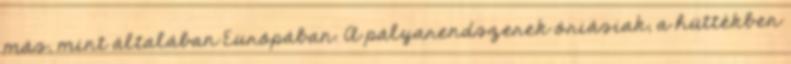
más, mint általában Európában. A pályarendszerek óriásiak, a hüttékben